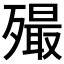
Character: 𣩡